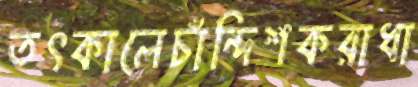
তৎকালেচাঁন্দিশকরাধা